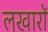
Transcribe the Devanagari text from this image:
लखारों